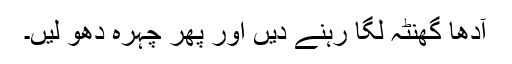
آدھا گھنٹہ لگا رہنے دیں اور پھر چہرہ دھو لیں۔